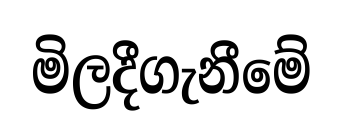
මිලදීගැනීමේ